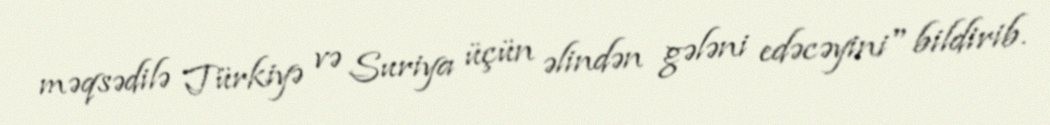
məqsədilə Türkiyə və Suriya üçün əlindən gələni edəcəyini" bildirib.